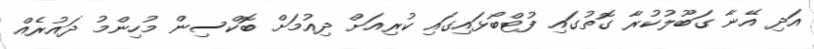
އަދި އޭނާ ގަބޫލުކުރާ ގޮތުގައި ފުޓްބޯޅައިގައި ކުރިއަށް ދިއުމަށް ބޮކްސިން މުހިންމު ދައުރެއް